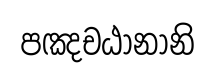
පඤචඨානානි